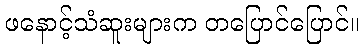
ဖနောင့်သံဆူးများက တပြောင်ပြောင်။